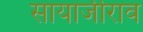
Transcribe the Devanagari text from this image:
सायाजीराव